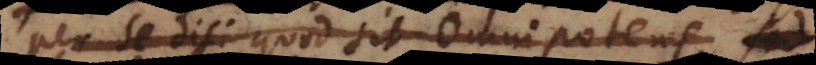
per se dici quod sit Omnipotens, sed